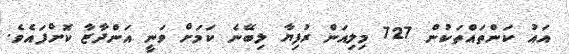
އައު ކަންތައްތަކުން 727 މިލިއަން ރުފިޔާ ލިބޭނެ ކަމަށް ވަނީ އަންދާޒާ ކޮށްފައެވެ.